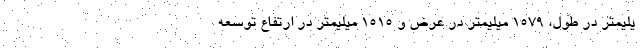
یلیمتر در طول، 1579 میلیمتر در عرض و 1515 میلیمتر در ارتفاع توسعه